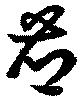
薌